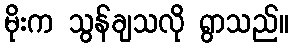
မိုးက သွန်ချသလို ရွာသည်။